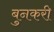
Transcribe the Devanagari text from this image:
बुनकरी